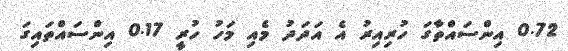
0.72 އިންސައްތާގަ ހުރިއިރު އެ އަދަދު މެއި މަހު ހުރީ 0.17 އިންސައްތައިގަ